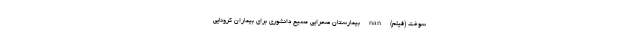
سوخت (فیلم) nan بیمارستان صحرایی مسیح دانشوری برای بیماران کرونایی